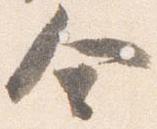
舎